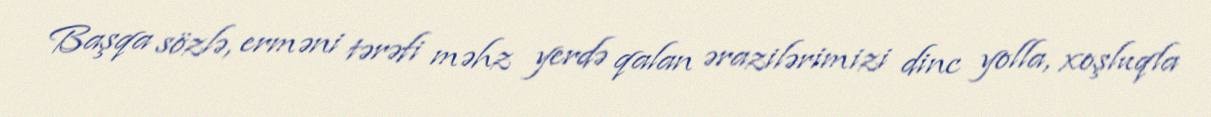
Başqa sözlə, erməni tərəfi məhz yerdə qalan ərazilərimizi dinc yolla, xoşluqla